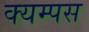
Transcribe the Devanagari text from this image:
क्यम्पस